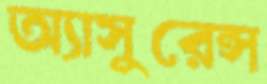
অ্যাসুরেন্স